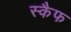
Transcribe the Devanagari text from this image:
स्कैफ